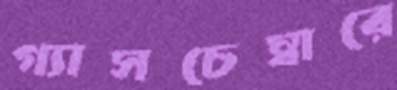
গ্যাসচেম্বারে